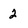
Character: 2